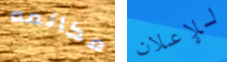
مكالمه للإعلان